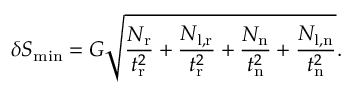
\delta S _ { \mathrm { m i n } } = G \sqrt { \frac { N _ { \mathrm { r } } } { t _ { \mathrm { r } } ^ { 2 } } + \frac { N _ { \mathrm { l , r } } } { t _ { \mathrm { r } } ^ { 2 } } + \frac { N _ { \mathrm { n } } } { t _ { \mathrm { n } } ^ { 2 } } + \frac { N _ { \mathrm { l , n } } } { t _ { \mathrm { n } } ^ { 2 } } } .